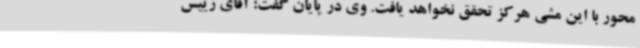
محور با این مشی هرکز تحقق نخواهد یافت. وی در پایان گفت: آقای رییس